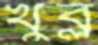
খুব্‌ল